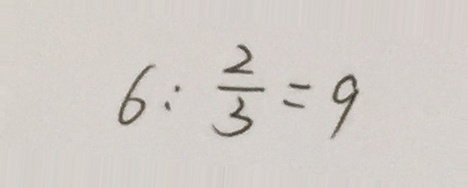
6 : \frac { 2 } { 3 } = 9